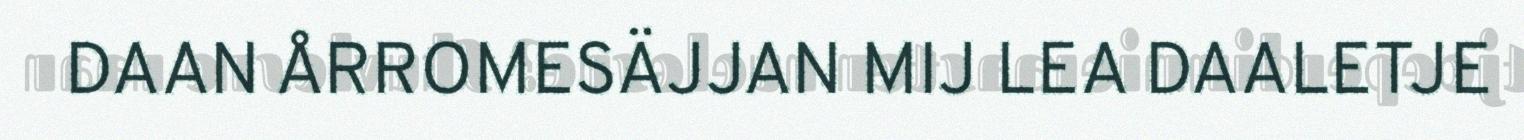
DAAN ÅRROMESÄJJAN MIJ LEA DAALETJE